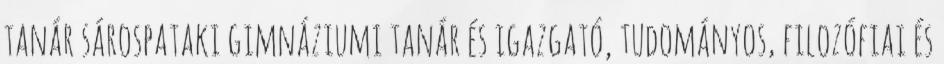
tanár sárospataki gimnáziumi tanár és igazgató, tudományos, filozófiai és